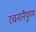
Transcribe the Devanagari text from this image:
रचनानैपुण्य